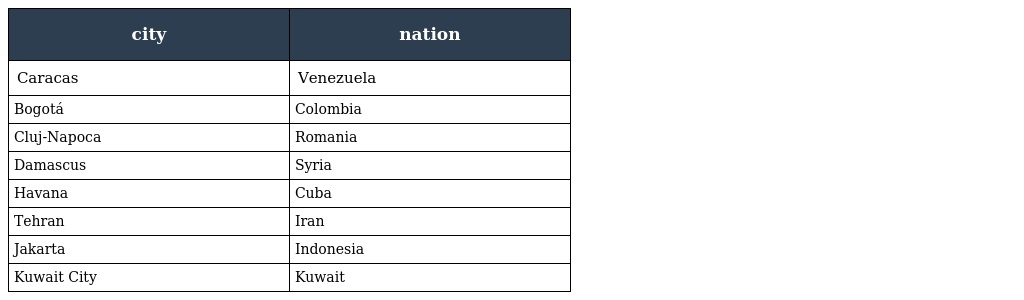
| city | nation |
 | --- | --- |
 | Caracas | Venezuela |
 | Bogotá | Colombia |
 | Cluj-Napoca | Romania |
 | Damascus | Syria |
 | Havana | Cuba |
 | Tehran | Iran |
 | Jakarta | Indonesia |
 | Kuwait City | Kuwait |